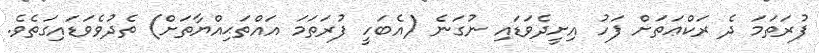
ފުރަތަމަ ދެ ރަކްޢަތަށް ފަހު އިށީދެވަޑައި ނުގަނެ (އެބަހީ ފުރަތަމަ އައްތަޙިއްޔާތަށް) ތެދުވެވަޑައިގަތެވެ.